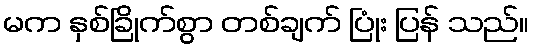
မက နှစ်ခြိုက်စွာ တစ်ချက် ပြုံး ပြန် သည်။